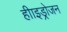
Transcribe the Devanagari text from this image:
हीाइड्रोजन